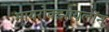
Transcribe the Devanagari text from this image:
मायरोक्झायलॉन